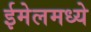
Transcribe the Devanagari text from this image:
ईमेलमध्ये